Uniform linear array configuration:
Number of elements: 12
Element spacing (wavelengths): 0.25
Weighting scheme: hann
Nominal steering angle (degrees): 30
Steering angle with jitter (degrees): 29.299
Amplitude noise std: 0.05
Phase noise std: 0.05

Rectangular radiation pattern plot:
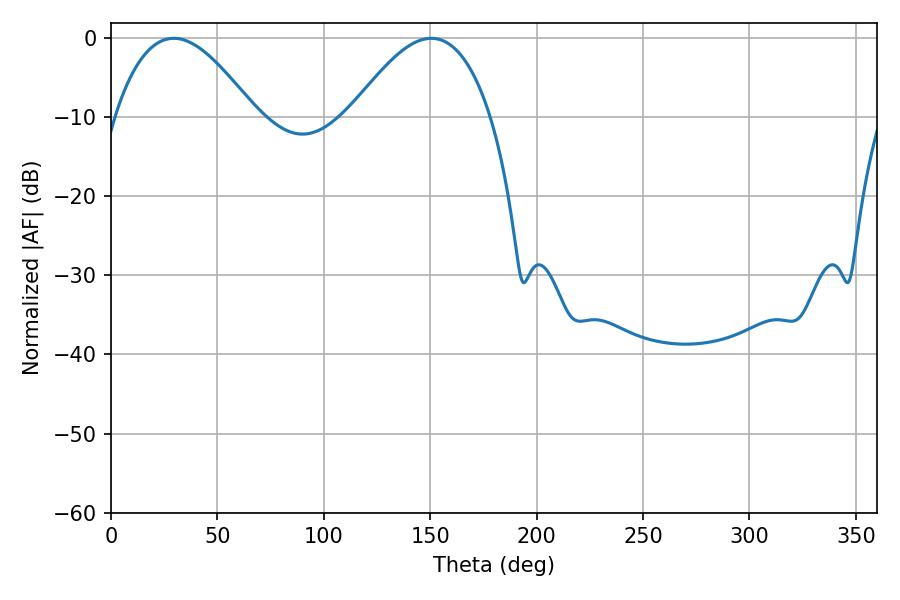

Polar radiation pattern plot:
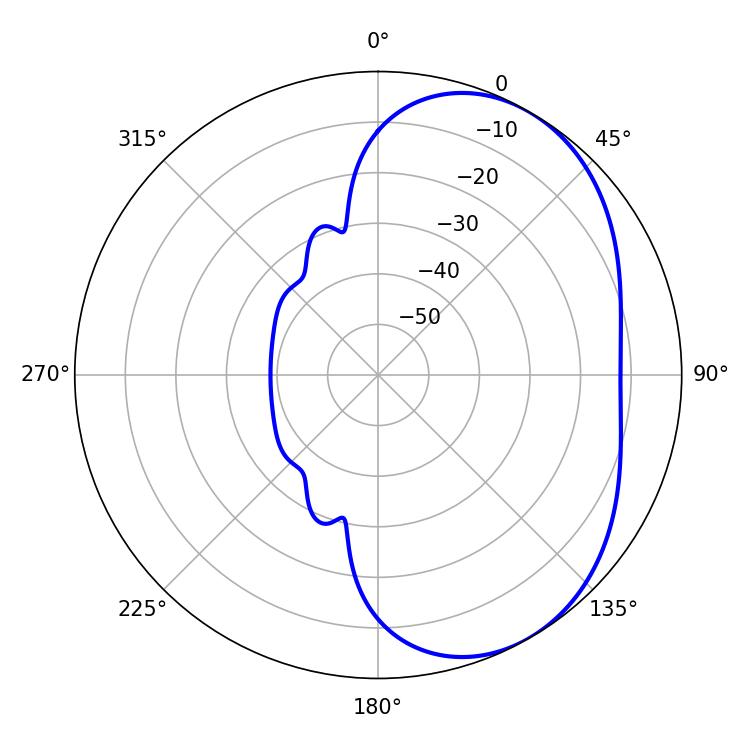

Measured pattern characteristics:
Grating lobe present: FALSE
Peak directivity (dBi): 4.263
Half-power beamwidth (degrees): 35.82
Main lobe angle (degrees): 29.52